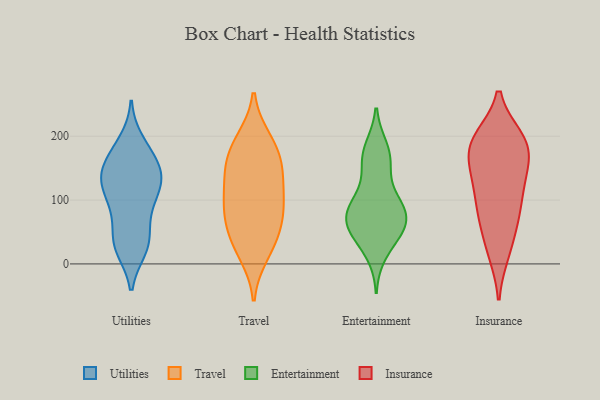
{"axis": {"x": "Tickets Resolved", "y": "Value"}, "legend": ["Entertainment", "Insurance", "Travel", "Utilities"], "data": [{"x": "", "y": 128, "type": "Utilities"}, {"x": "", "y": 83, "type": "Utilities"}, {"x": "", "y": 139, "type": "Utilities"}, {"x": "", "y": 27, "type": "Utilities"}, {"x": "", "y": 40, "type": "Utilities"}, {"x": "", "y": 41, "type": "Utilities"}, {"x": "", "y": 26, "type": "Utilities"}, {"x": "", "y": 143, "type": "Utilities"}, {"x": "", "y": 24, "type": "Utilities"}, {"x": "", "y": 168, "type": "Utilities"}, {"x": "", "y": 161, "type": "Utilities"}, {"x": "", "y": 134, "type": "Utilities"}, {"x": "", "y": 88, "type": "Utilities"}, {"x": "", "y": 119, "type": "Utilities"}, {"x": "", "y": 94, "type": "Utilities"}, {"x": "", "y": 191, "type": "Utilities"}, {"x": "", "y": 181, "type": "Utilities"}, {"x": "", "y": 120, "type": "Utilities"}, {"x": "", "y": 142, "type": "Utilities"}, {"x": "", "y": 146, "type": "Travel"}, {"x": "", "y": 141, "type": "Travel"}, {"x": "", "y": 85, "type": "Travel"}, {"x": "", "y": 35, "type": "Travel"}, {"x": "", "y": 95, "type": "Travel"}, {"x": "", "y": 174, "type": "Travel"}, {"x": "", "y": 71, "type": "Travel"}, {"x": "", "y": 91, "type": "Travel"}, {"x": "", "y": 184, "type": "Travel"}, {"x": "", "y": 193, "type": "Travel"}, {"x": "", "y": 41, "type": "Travel"}, {"x": "", "y": 134, "type": "Travel"}, {"x": "", "y": 17, "type": "Travel"}, {"x": "", "y": 156, "type": "Entertainment"}, {"x": "", "y": 78, "type": "Entertainment"}, {"x": "", "y": 84, "type": "Entertainment"}, {"x": "", "y": 50, "type": "Entertainment"}, {"x": "", "y": 60, "type": "Entertainment"}, {"x": "", "y": 181, "type": "Entertainment"}, {"x": "", "y": 157, "type": "Entertainment"}, {"x": "", "y": 67, "type": "Entertainment"}, {"x": "", "y": 44, "type": "Entertainment"}, {"x": "", "y": 57, "type": "Entertainment"}, {"x": "", "y": 175, "type": "Entertainment"}, {"x": "", "y": 102, "type": "Entertainment"}, {"x": "", "y": 17, "type": "Entertainment"}, {"x": "", "y": 89, "type": "Entertainment"}, {"x": "", "y": 95, "type": "Entertainment"}, {"x": "", "y": 60, "type": "Insurance"}, {"x": "", "y": 153, "type": "Insurance"}, {"x": "", "y": 194, "type": "Insurance"}, {"x": "", "y": 17, "type": "Insurance"}, {"x": "", "y": 176, "type": "Insurance"}, {"x": "", "y": 18, "type": "Insurance"}, {"x": "", "y": 197, "type": "Insurance"}, {"x": "", "y": 69, "type": "Insurance"}, {"x": "", "y": 71, "type": "Insurance"}, {"x": "", "y": 147, "type": "Insurance"}, {"x": "", "y": 99, "type": "Insurance"}, {"x": "", "y": 196, "type": "Insurance"}, {"x": "", "y": 136, "type": "Insurance"}, {"x": "", "y": 114, "type": "Insurance"}, {"x": "", "y": 105, "type": "Insurance"}, {"x": "", "y": 192, "type": "Insurance"}, {"x": "", "y": 194, "type": "Insurance"}, {"x": "", "y": 161, "type": "Insurance"}]}